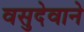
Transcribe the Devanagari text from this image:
वसुदेवाने